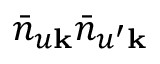
\bar { n } _ { u \mathbf { k } } \bar { n } _ { u ^ { \prime } \mathbf { k } }